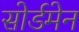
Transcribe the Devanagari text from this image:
सोर्डमेन